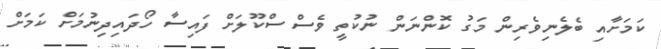
ކަމަށާއި ބެލެނިވެރިން މަގު ކޮންނަން ނުކުތީ ވެސް ސްކޫލަށް ފައިސާ ހޯދައިދިނުމަށް ކަމަށް